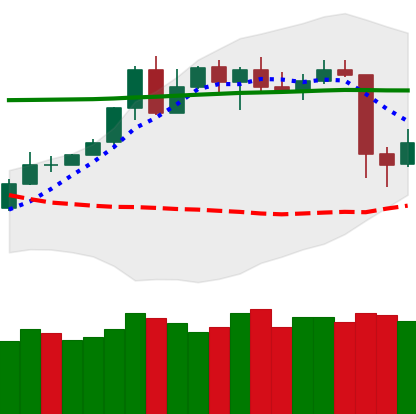
Ticker: TRX-USD
Chart end date: 2020-05-12
Forward return: 3.056%
Label: up_3_5